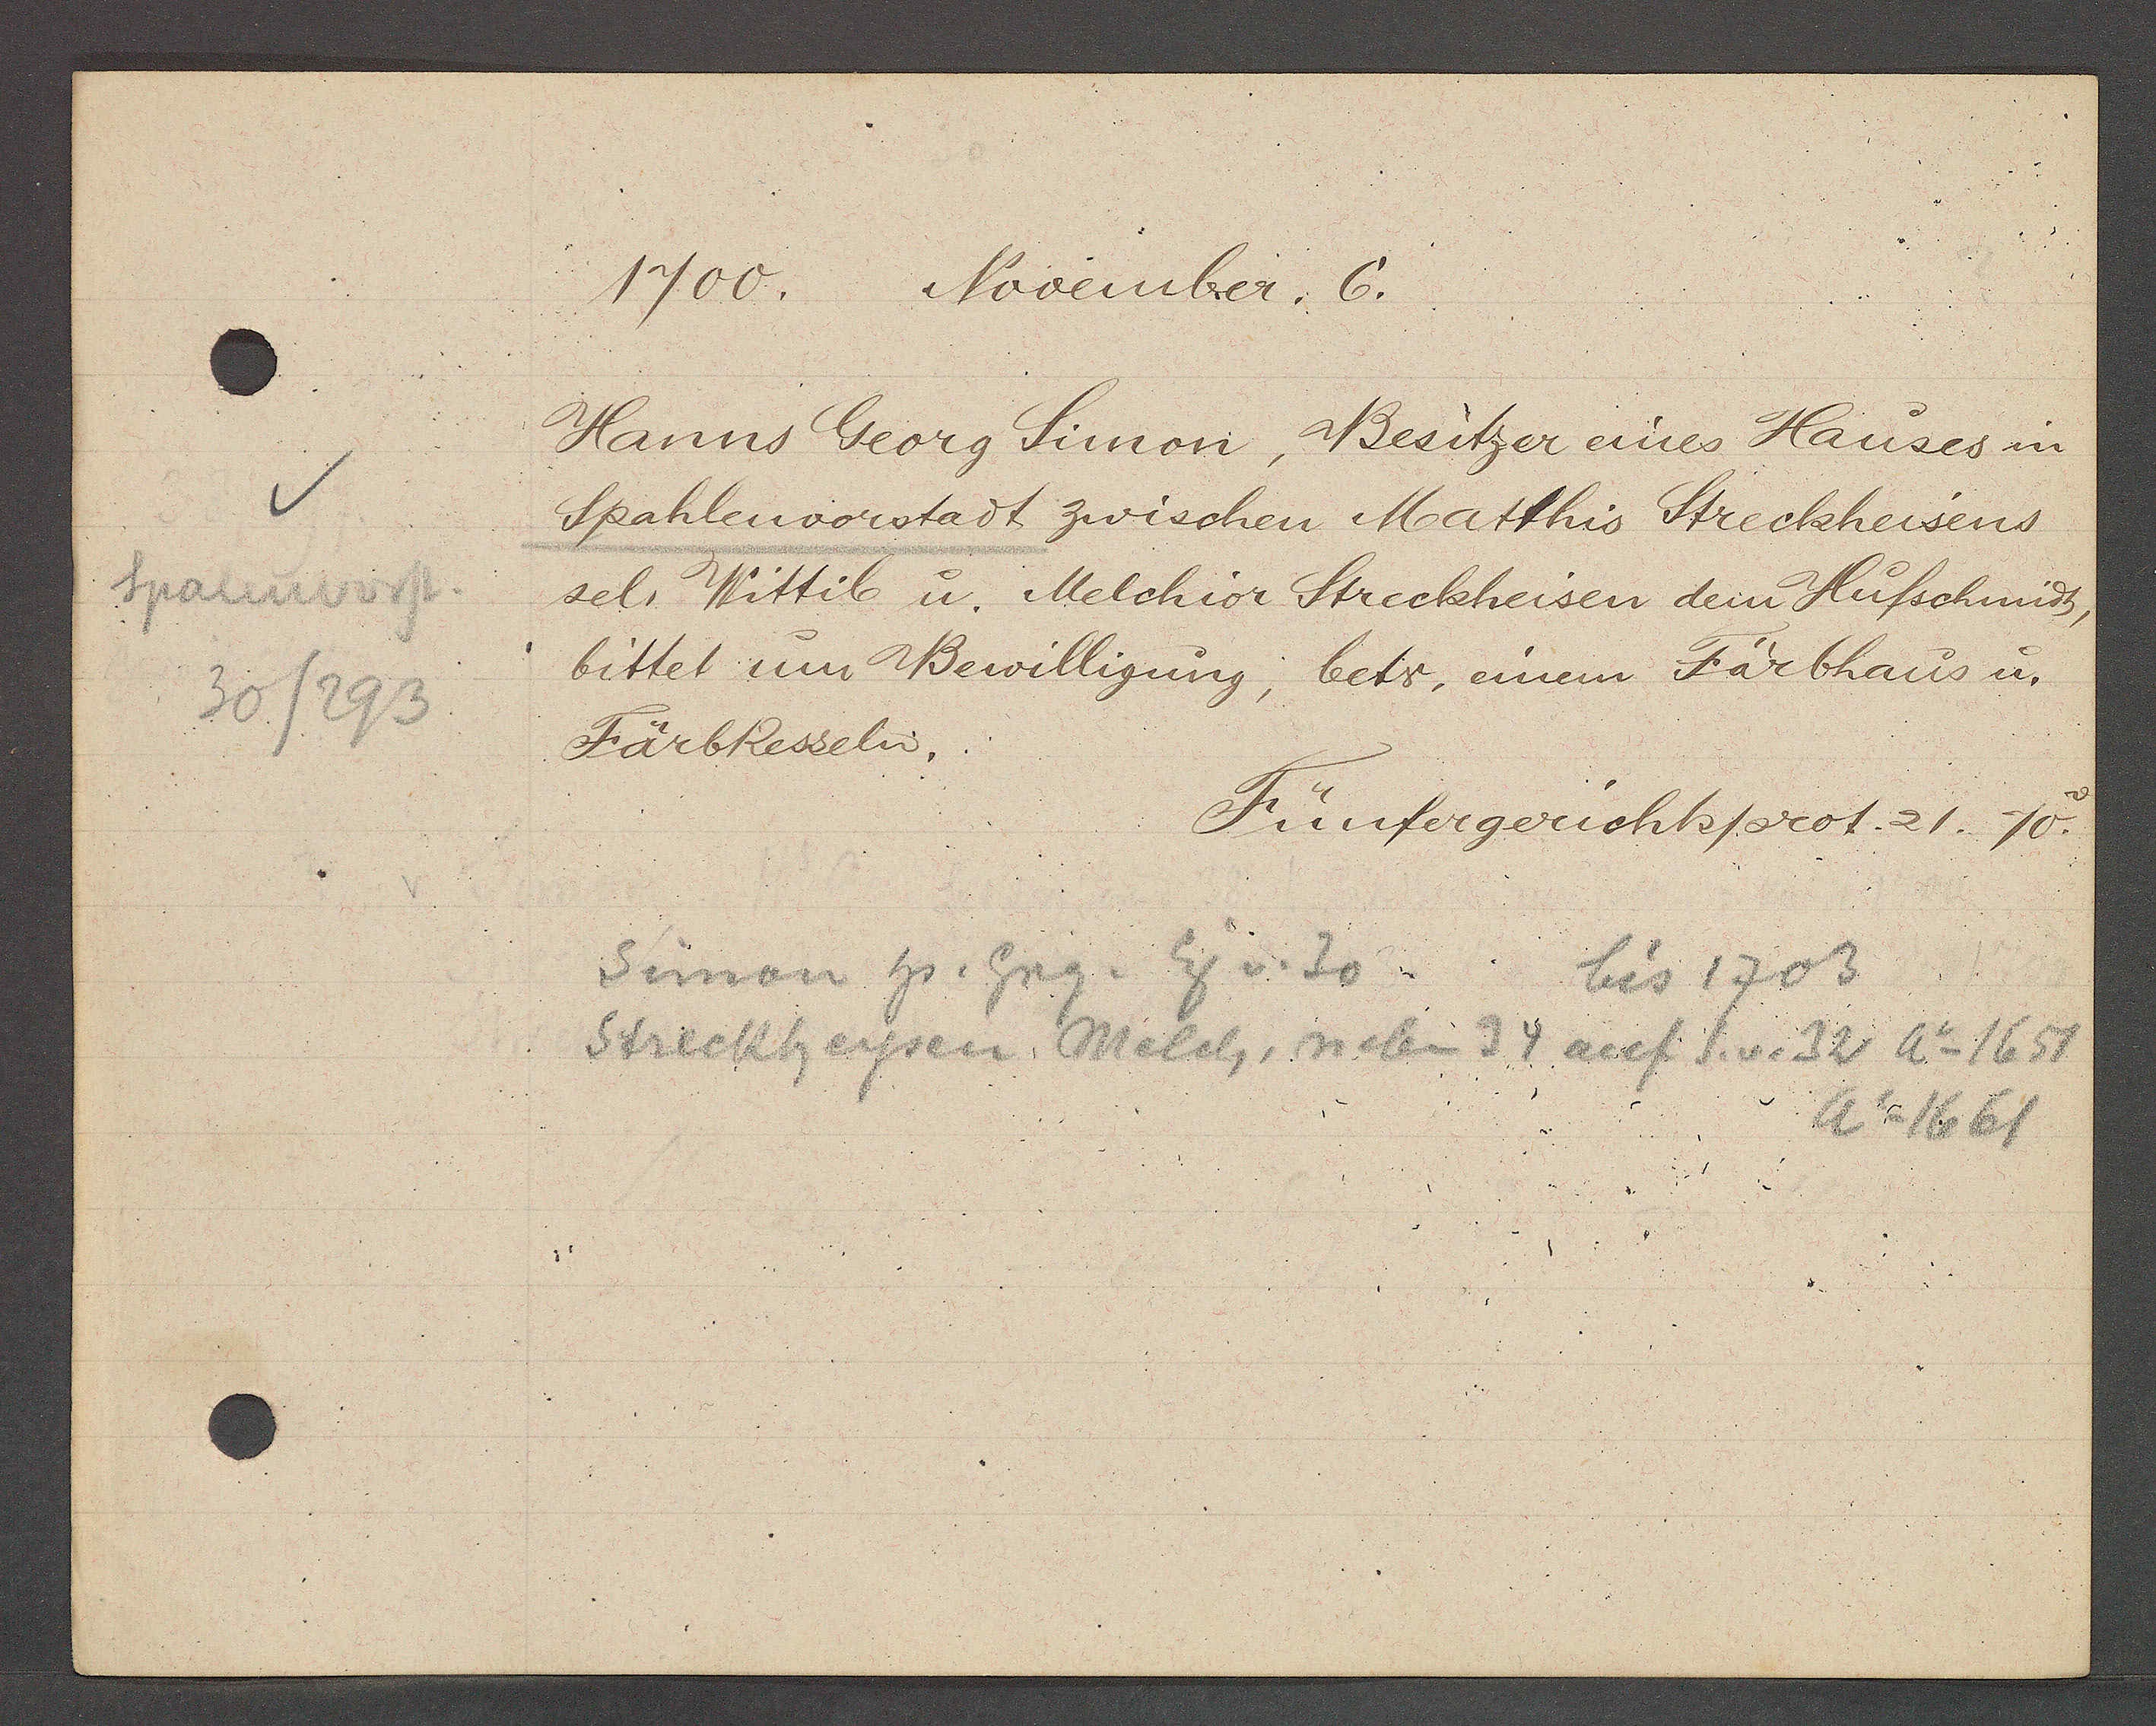
Transcript:
Spalenvorst
30/293

1700. November. 6.

Hanns Georg Simon, Besitzer eines Hauses in
Spahlenvorstadt zwischen Matthis Streckheisens
sel. Wittib u. Melchior Streckheisen dem Husschmidt,
bittet um Bewilligung, betr. einem Färbhaus u.
Färbkesseln.

Fünfergerichtsprot. 21. 70.

Simon hs. Grg. Eig v. 30
bis 1703
Streckheysen Melch, neben 34 auf S.v. 32 Ao 1651
Ao 1661